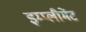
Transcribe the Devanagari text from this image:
इम्प्लीमेंट